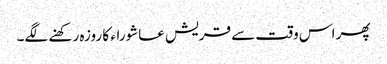
پھر اس وقت سے قریش عاشوراء کا روزہ رکھنے لگے۔